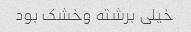
خیلی برشته وخشک بود